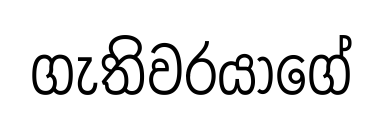
ගැතිවරයාගේ